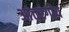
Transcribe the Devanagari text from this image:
आंतरंगीय